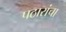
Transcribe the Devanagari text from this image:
पठारांचा